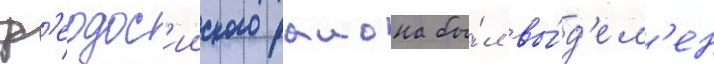
ф'еодос'ииского раиона бы́л вы́д'ел'ен